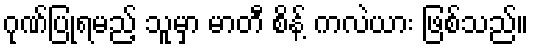
ဂုဏ်ပြုရမည့် သူမှာ မာတီ စိန့် ကလဲယား ဖြစ်သည်။